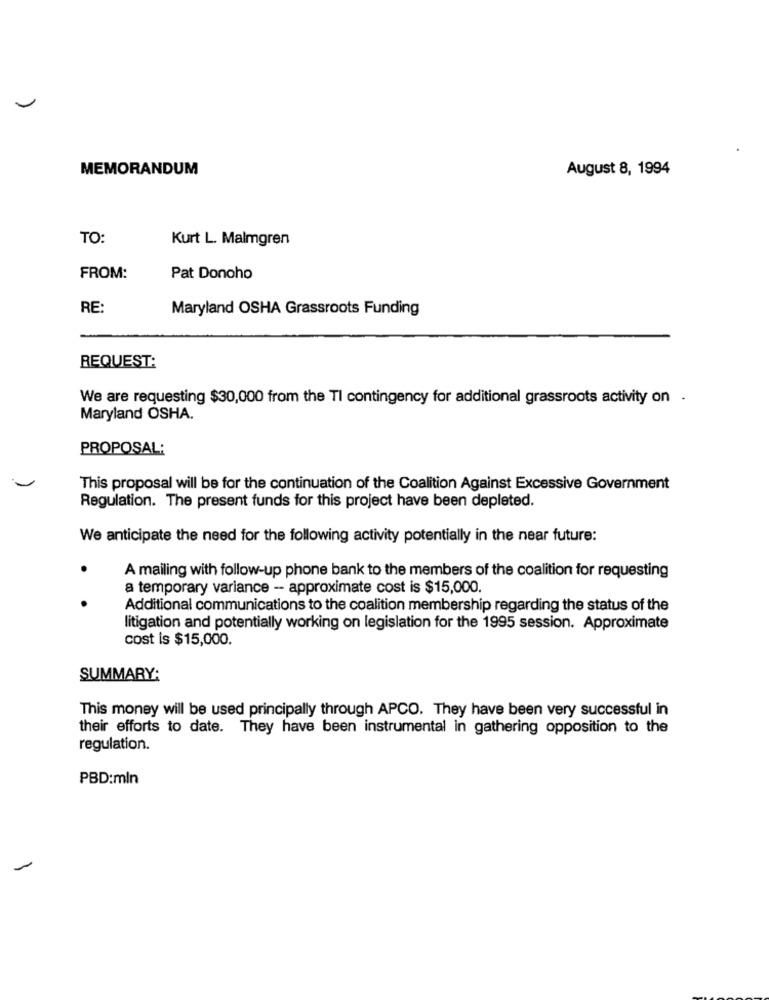
MEMORANDUM
August 8, 1994
TO:
Kurt L. Malmgren
FROM:
Pat Donoho
RE:
Maryland OSHA Grassroots Funding
REQUEST:
We are requesting $30,000 from the TI contingency for additional grassroots activity on .
Maryland OSHA.
PROPOSAL:
This proposal will be for the continuation of the Coalition Against Excessive Government
Regulation. The present funds for this project have been depleted.
We anticipate the need for the following activity potentially in the near future:
A mailing with follow-up phone bank to the members of the coalition for requesting
a temporary variance - approximate cost is $15,000.
Additional communications to the coalition membership regarding the status of the
litigation and potentially working on legislation for the 1995 session. Approximate
cost is $15,000.
SUMMARY:
This money will be used principally through APCO. They have been very successful in
their efforts to date. They have been instrumental in gathering opposition to the
regulation.
PBD:mln